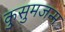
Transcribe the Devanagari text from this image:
कुसुमजन्म